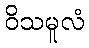
ဝိသမူလံ